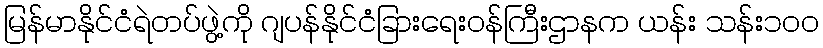
မြန်မာနိုင်ငံရဲတပ်ဖွဲ့ကို ဂျပန်နိုင်ငံခြားရေးဝန်ကြီးဌာနက ယန်း သန်း၁၀၀